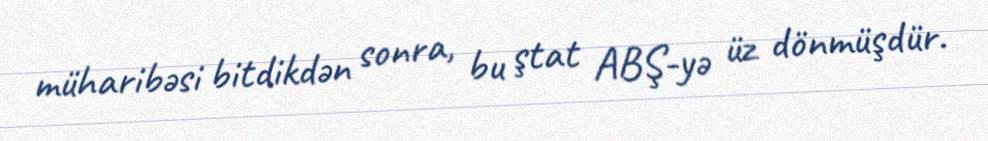
müharibəsi bitdikdən sonra, bu ştat ABŞ-yə üz dönmüşdür.